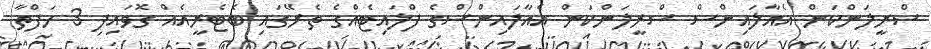
ސްރީލަންކަން އެއާލައިންސް ސްރީލަންކަން އެއާލައިންސްގެ ފްލައިޓެއްގެ ތެރޭގައި ބެޓެރީއެއް ގޮވައިފި 3 ހަފްތާ